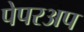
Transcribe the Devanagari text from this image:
पेपरअप